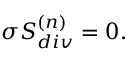
\sigma { \cal S } _ { d i v } ^ { ( n ) } = 0 .